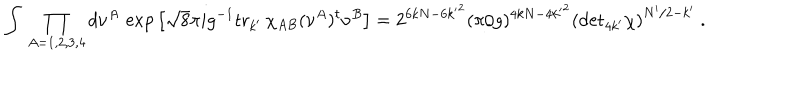
\int \, \prod _ { A = 1 , 2 , 3 , 4 } d \nu ^ { A } \, \exp \big [ \sqrt 8 \pi i g ^ { - 1 } \mathrm { t r } _ { k ^ { \prime } } \, \chi _ { A B } ( \nu ^ { A } ) ^ { t } \nu ^ { B } \big ] = 2 ^ { 6 k N - 6 { k ^ { \prime } } ^ { 2 } } ( \pi / g ) ^ { 4 k N - 4 { k ^ { \prime } } ^ { 2 } } \left( \mathrm { d e t } _ { 4 k ^ { \prime } } \chi \right) ^ { N ^ { \prime } / 2 - k ^ { \prime } } \ .